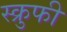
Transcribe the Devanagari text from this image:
स्क्रुफी